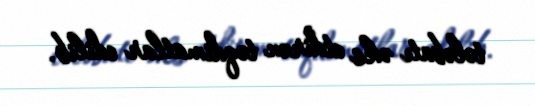
tələbatı əks etdirən təqdimatlar edilib.